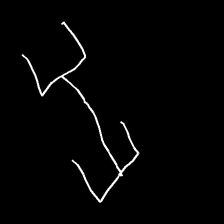
Glyph: entwine